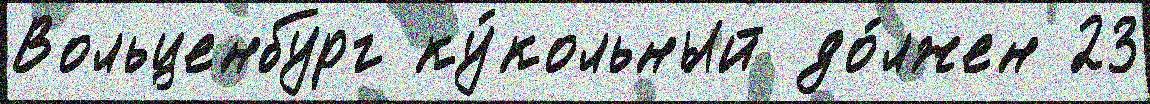
Вольценбург ку́кольный до́лжен 23